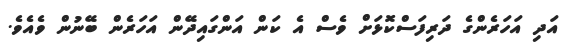
އަދި އަހަރެންގެ ދަރިފަސްކޮޅަށް ވެސް އެ ކަން އަންގައިދޭން އަހަރެން ބޭނުން ވެއެވެ.